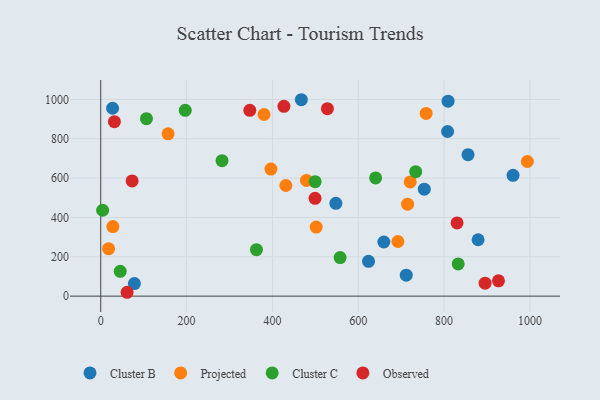
{"axis": {"x": "Investment", "y": "Yield"}, "legend": ["Cluster B", "Cluster C", "Observed", "Projected"], "data": [{"x": "659.6", "y": 275.1, "type": "Cluster B"}, {"x": "623.9", "y": 176.8, "type": "Cluster B"}, {"x": "809.2", "y": 990.8, "type": "Cluster B"}, {"x": "808.1", "y": 836.9, "type": "Cluster B"}, {"x": "960.6", "y": 614.0, "type": "Cluster B"}, {"x": "711.8", "y": 106.6, "type": "Cluster B"}, {"x": "855.7", "y": 719.2, "type": "Cluster B"}, {"x": "879.2", "y": 286.5, "type": "Cluster B"}, {"x": "78.4", "y": 63.8, "type": "Cluster B"}, {"x": "27.6", "y": 955.0, "type": "Cluster B"}, {"x": "547.8", "y": 471.9, "type": "Cluster B"}, {"x": "467.4", "y": 998.3, "type": "Cluster B"}, {"x": "753.8", "y": 543.7, "type": "Cluster B"}, {"x": "396.5", "y": 646.0, "type": "Projected"}, {"x": "431.3", "y": 562.2, "type": "Projected"}, {"x": "502.0", "y": 351.1, "type": "Projected"}, {"x": "714.9", "y": 467.6, "type": "Projected"}, {"x": "479.3", "y": 588.3, "type": "Projected"}, {"x": "380.5", "y": 923.3, "type": "Projected"}, {"x": "156.9", "y": 825.0, "type": "Projected"}, {"x": "994.0", "y": 684.3, "type": "Projected"}, {"x": "721.0", "y": 580.3, "type": "Projected"}, {"x": "18.3", "y": 241.0, "type": "Projected"}, {"x": "692.3", "y": 277.7, "type": "Projected"}, {"x": "28.3", "y": 353.6, "type": "Projected"}, {"x": "758.1", "y": 928.7, "type": "Projected"}, {"x": "4.4", "y": 436.4, "type": "Cluster C"}, {"x": "832.8", "y": 163.5, "type": "Cluster C"}, {"x": "106.5", "y": 901.9, "type": "Cluster C"}, {"x": "282.6", "y": 688.6, "type": "Cluster C"}, {"x": "499.5", "y": 581.9, "type": "Cluster C"}, {"x": "557.7", "y": 195.8, "type": "Cluster C"}, {"x": "733.8", "y": 632.4, "type": "Cluster C"}, {"x": "362.8", "y": 235.9, "type": "Cluster C"}, {"x": "196.9", "y": 944.2, "type": "Cluster C"}, {"x": "45.4", "y": 126.3, "type": "Cluster C"}, {"x": "640.4", "y": 601.0, "type": "Cluster C"}, {"x": "61.4", "y": 19.6, "type": "Observed"}, {"x": "347.3", "y": 944.5, "type": "Observed"}, {"x": "926.7", "y": 77.7, "type": "Observed"}, {"x": "895.5", "y": 65.6, "type": "Observed"}, {"x": "528.1", "y": 952.8, "type": "Observed"}, {"x": "426.8", "y": 965.0, "type": "Observed"}, {"x": "830.2", "y": 372.3, "type": "Observed"}, {"x": "73.1", "y": 585.8, "type": "Observed"}, {"x": "31.8", "y": 886.6, "type": "Observed"}, {"x": "499.3", "y": 497.3, "type": "Observed"}]}